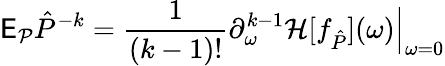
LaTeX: \mathsf E_{\mathcal P}\hat{P}^{-k}=\frac{1}{(k-1)!}\partial_{\omega}^{k-1}\mathcal H[f_{\hat{P}}](\omega)\Big|_{\omega=0}